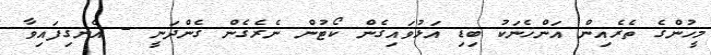
މީހުންގެ ތެރެއިން އަންހެނަކު ބިޑި އަޅުވައިގެން ކޯޓުން ނެރެގެން ގެންދަނީ - އެނގިފައިވާ